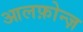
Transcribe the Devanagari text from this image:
आलफ़ोन्ज़